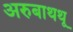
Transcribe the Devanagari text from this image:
अरुबाथथू